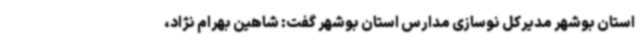
استان بوشهر مدیرکل نوسازی مدارس استان بوشهر گفت: شاهین بهرام نژاد،